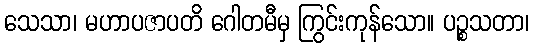
သေသာ၊ မဟာပဇာပတိ ဂေါတမီမှ ကြွင်းကုန်သော။ ပဉ္စသတာ၊